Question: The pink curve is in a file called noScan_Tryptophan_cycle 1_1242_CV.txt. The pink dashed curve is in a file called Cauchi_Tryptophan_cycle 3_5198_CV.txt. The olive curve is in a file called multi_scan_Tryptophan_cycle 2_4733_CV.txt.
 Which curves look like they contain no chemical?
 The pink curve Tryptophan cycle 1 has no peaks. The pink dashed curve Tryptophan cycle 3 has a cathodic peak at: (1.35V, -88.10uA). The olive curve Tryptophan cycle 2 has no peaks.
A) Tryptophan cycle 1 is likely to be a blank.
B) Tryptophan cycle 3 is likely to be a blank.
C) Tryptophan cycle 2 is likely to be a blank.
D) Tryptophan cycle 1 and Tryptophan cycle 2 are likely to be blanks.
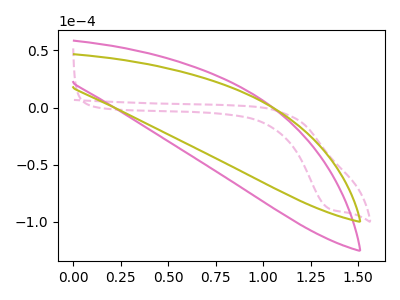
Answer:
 <answer>D) "Tryptophan cycle 1" and "Tryptophan cycle 2" are likely to be blanks.</answer>
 <eval>D</eval>